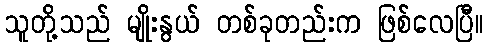
သူတို့သည် မျိုးနွယ် တစ်ခုတည်းက ဖြစ်လေပြီ။